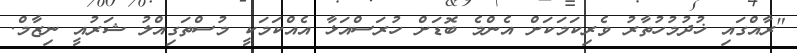
"ރާއްގައި ޚުދުމުހުތާރު ވެރިކަމަކަށް އެންމެ ބޮޑަށް ހުރަސްއަޅާ އެއްކަމަކީ މުސްތަގިއްލު ޝަރުއީ ނިޒާމް.